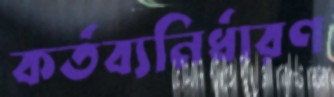
কর্তব্যনির্ধারণ